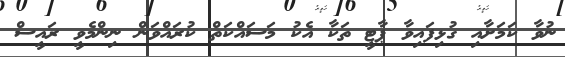
ނުވާ ކަމަށާއި ގުޅިފައިވާ ޕާޓީ ތަކާ އެކު މަސައްކަތް ކުރައްވަން ނިންމެވީ ރައީސް